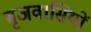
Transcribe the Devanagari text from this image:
बृजवासियों